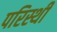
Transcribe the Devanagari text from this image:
परिस्थी